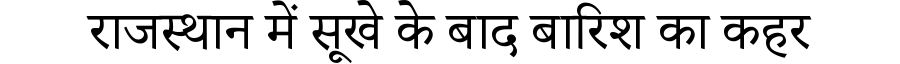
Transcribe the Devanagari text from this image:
राजस्थान में सूखे के बाद बारिश का कहर